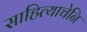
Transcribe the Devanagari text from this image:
साहित्याचेनि